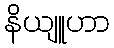
နိယျူဟာ